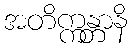
အတိက္ကန္တာနိ